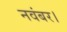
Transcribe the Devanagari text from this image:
नवंबर।